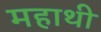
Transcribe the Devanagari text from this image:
महाथी